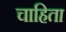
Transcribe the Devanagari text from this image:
चाहिता